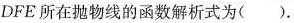
DFE所在抛物线的函数解析式为( )。